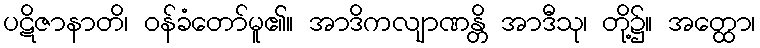
ပဋိဇာနာတိ၊ ဝန်ခံတော်မူ၏။ အာဒိကလျာဏန္တိ အာဒီသု၊ တို့၌။ အတ္ထော၊